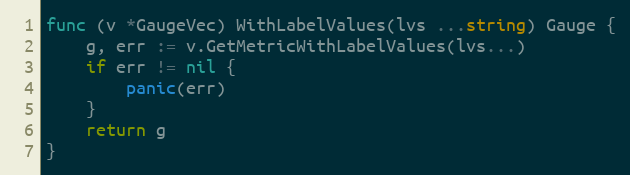
Language: Go
func (v *GaugeVec) WithLabelValues(lvs ...string) Gauge {
	g, err := v.GetMetricWithLabelValues(lvs...)
	if err != nil {
		panic(err)
	}
	return g
}